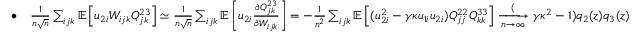
\begin{array} { r } { \bullet \quad \frac { 1 } { n \sqrt n } \sum _ { i j k } \mathbb { E } \left[ u _ { 2 i } W _ { i j k } Q _ { j k } ^ { 2 3 } \right] \simeq \frac { 1 } { n \sqrt n } \sum _ { i j k } \mathbb { E } \left[ u _ { 2 i } \frac { \partial Q _ { j k } ^ { 2 3 } } { \partial W _ { i j k } } \right] = - \frac { 1 } { n ^ { 2 } } \sum _ { i j k } \mathbb { E } \left[ ( u _ { 2 i } ^ { 2 } - \gamma \kappa u _ { 1 i } u _ { 2 i } ) Q _ { j j } ^ { 2 2 } Q _ { k k } ^ { 3 3 } \right] \xrightarrow [ n \to \infty ] ( \gamma \kappa ^ { 2 } - 1 ) q _ { 2 } ( z ) q _ { 3 } ( z ) } \end{array}